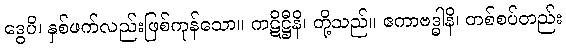
ဒွေပိ၊ နှစ်ဖက်လည်းဖြစ်ကုန်သော။ ကဋိဋ္ဌီနိ၊ တို့သည်။ ဧကာဗဒ္ဓါနိ၊ တစ်စပ်တည်း